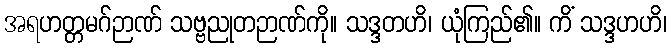
အရဟတ္တမဂ်ဉာဏ် သဗ္ဗညုတဉာဏ်ကို။ သဒ္ဒတဟိ၊ ယုံကြည်၏။ ကိံ သဒ္ဒဟဟိ၊